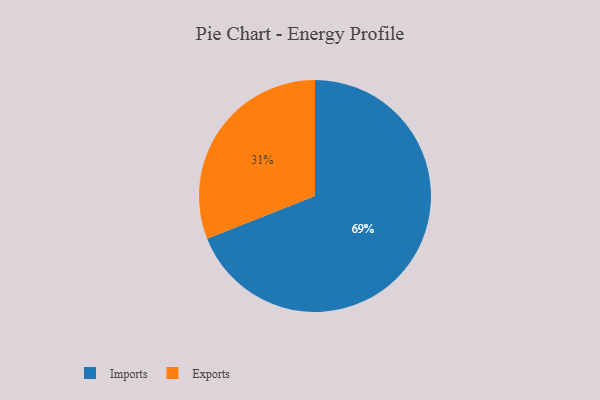
{"axis": {"x": "Category", "y": "Percentage"}, "legend": ["Exports", "Imports"], "data": [{"x": "Imports", "y": 69, "type": "Imports"}, {"x": "Exports", "y": 31, "type": "Exports"}]}